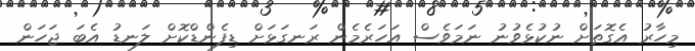
މިހާރު އެގޮތަށް ނުކުޅެވުނު ނަމަވެސް އަހަރެމެން ރަނގަޅަށް ޑިފެންޑްކޮށް ލަނޑު އެބަ ޖަހަން